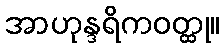
အာဟုန္ဒရိကဝတ္ထု။